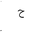
Letter: _ha